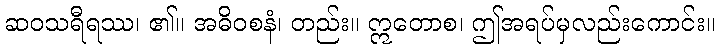
ဆဝသရီရဿ၊ ၏။ အဓိဝစနံ၊ တည်း။ ဣတောစ၊ ဤအရပ်မှလည်းကောင်း။